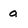
Character: a